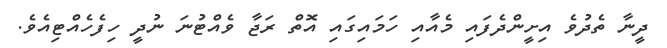
ދީނާ ތެދުވެ އިށީންދެފައި މެއާއި ހަމައިގައި އޮތް ރަޖާ ވެއްޓުނަ ނުދީ ހިފެހެއްޓިއެވެ.